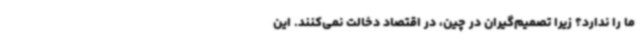
ما را ندارد؟ زیرا تصمیم‌گیران در چین، در اقتصاد دخالت نمی‌کنند. این